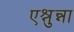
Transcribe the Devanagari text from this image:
एश्नुन्ना